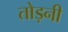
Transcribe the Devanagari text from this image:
तोड़नी